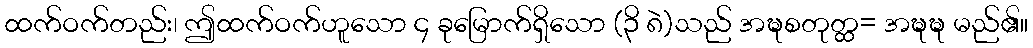
ထက်ဝက်တည်း၊ ဤထက်ဝက်ဟူသော ၄ ခုမြောက်ရှိသော (၃ိ ၈ဲ)သည် အဍ္ဎစတုတ္ထ= အဍ္ဎဍ္ဎ မည်၏။